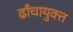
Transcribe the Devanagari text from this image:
ढाँचायुक्त